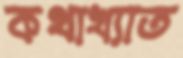
কথাখ্যাত